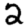
Digit: 2